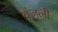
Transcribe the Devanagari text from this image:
वंजली